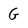
Character: G